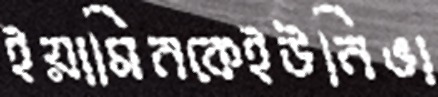
ইয়ামিনকেইউনিভা